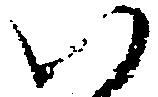
い